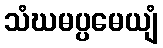
သံဃမပ္ပမေယျံ